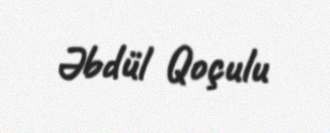
Əbdül Qoçulu